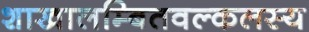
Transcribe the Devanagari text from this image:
शाखालम्बितवल्कलस्य